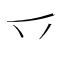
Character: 乊